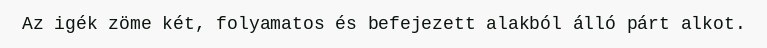
Az igék zöme két, folyamatos és befejezett alakból álló párt alkot.